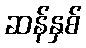
ဆန်နှစ်